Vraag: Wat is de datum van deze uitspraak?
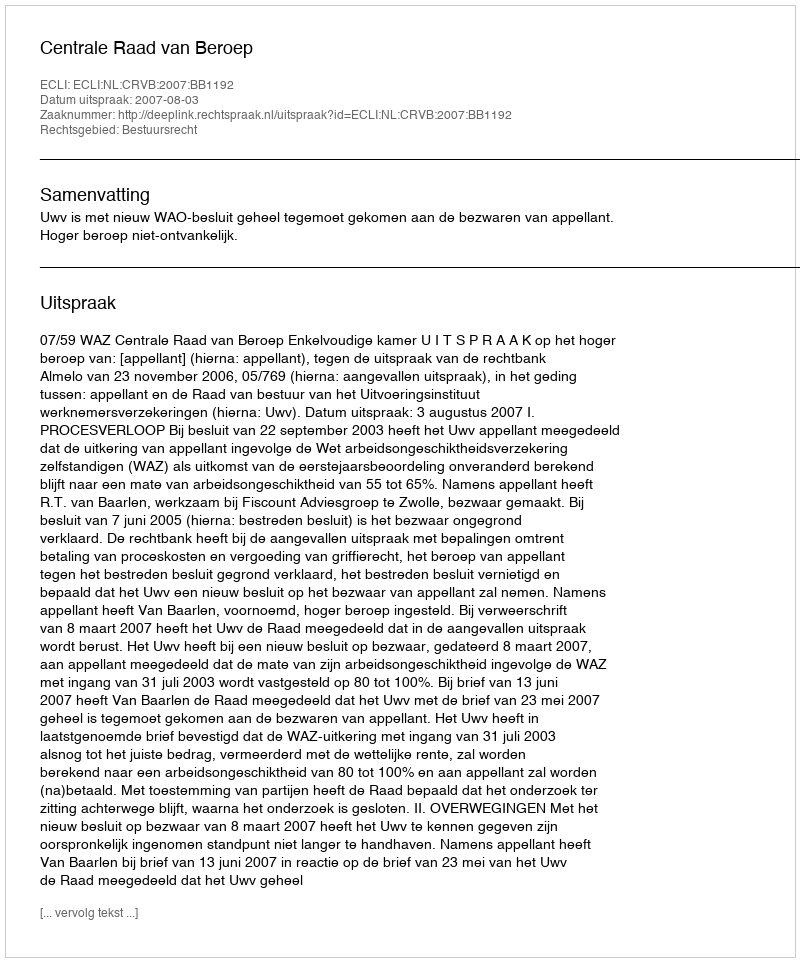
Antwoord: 2007-08-03